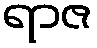
ရာဇ